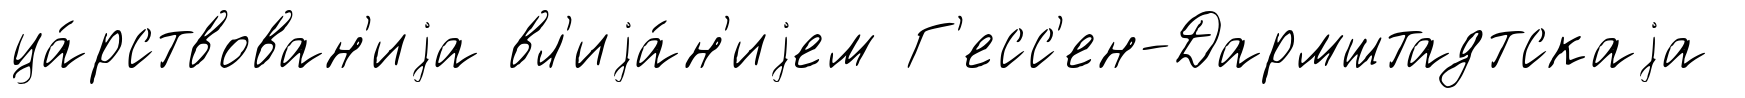
ца́рствован'иjа вл'иjа́н'иjем Г'есс'ен-Дармштадтскаjа